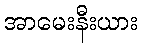
အာမေးနီးယား